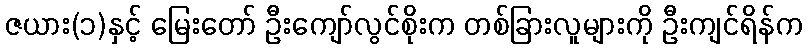
ဇယား(၁)နှင့် မြေးတော် ဦးကျော်လွင်စိုးက တစ်ခြားလူများကို ဦးကျင်ရိန်က